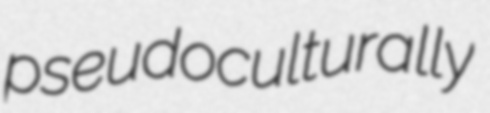
pseudoculturally